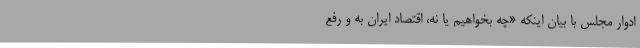
ادوار مجلس با بیان اینکه «چه بخواهیم یا نه، اقتصاد ایران به و رفع